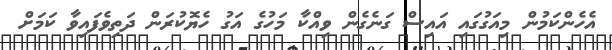
އެހެންކަމުން މިއަގުގައި އައިސް ގަނެގެން ވިއްކާ މަހުގެ އަގު ހެޔޮކުރަން ދަތިވެފައިވާ ކަމަށް